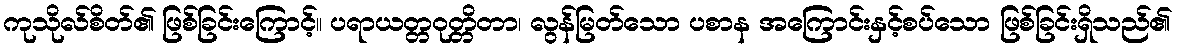
ကုသိုလ်စိတ်၏ ဖြစ်ခြင်းကြောင့်။ ပရာယတ္တဝုတ္တိတာ၊ လွန်မြတ်သော ပစာန အကြောင်းနှင့်စပ်သော ဖြစ်ခြင်းရှိသည်၏